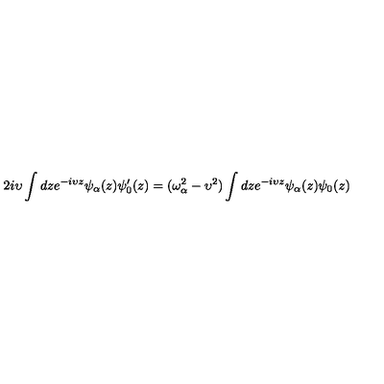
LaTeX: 2 i \upsilon \int d z e ^ { - i \upsilon z } \psi _ { \alpha } ( z ) \psi _ { 0 } ^ { \prime } ( z ) = ( \omega _ { \alpha } ^ { 2 } - \upsilon ^ { 2 } ) \int d z e ^ { - i \upsilon z } \psi _ { \alpha } ( z ) \psi _ { 0 } ( z )